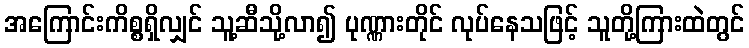
အကြောင်းကိစ္စရှိလျှင် သူ့ဆီသို့လာ၍ ပုဏ္ဏားတိုင် လုပ်နေသဖြင့် သူတို့ကြားထဲတွင်